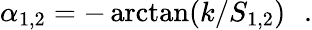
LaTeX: \alpha_{1,2}=-\arctan(k/S_{1,2})\, \ \ .